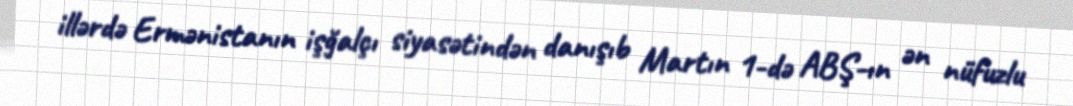
illərdə Ermənistanın işğalçı siyasətindən danışıb Martın 1-də ABŞ-ın ən nüfuzlu